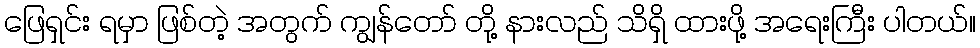
ဖြေရှင်း ရမှာ ဖြစ်တဲ့ အတွက် ကျွန်တော် တို့ နားလည် သိရှိ ထားဖို့ အရေးကြီး ပါတယ်။